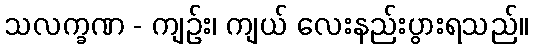
သလက္ခဏ - ကျဉ်း၊ ကျယ် လေးနည်းပွားရသည်။